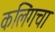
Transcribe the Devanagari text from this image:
कलिंगचा